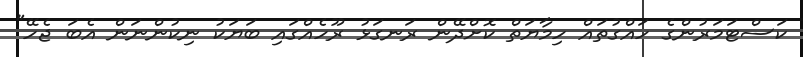
ކަސްޓަމަރުންގެ ހައްގުތައް ހިމާޔަތް ކޮށްދޭން ރަނގަޅު ރޫހެއްގައި ބަޔަކު ނިކުންނަން އެބަ ޖެހޭ"